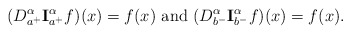
\begin{align*}(D_{a^+}^{\alpha} {\bf I}_{a^+}^{\alpha}f)(x)=f(x) \ \textrm{and} \ (D _{b^-}^{\alpha} {\bf I}_{b^-}^{\alpha} f)(x) = f(x).\end{align*}